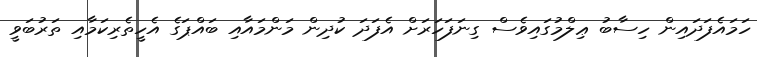
ހަމައެފަދައިން ހިސާބު ޢިލްމުގައިވެސް ގިނަފަހަރަށް އެފަދަ ކުދިން މަންމައާއި ބައްޕަގެ އެހީތެރިކަމާއި ތަރުބަވީ